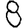
Digit: 8